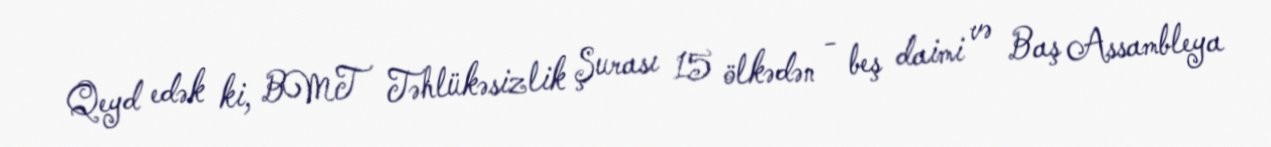
Qeyd edək ki, BMT Təhlükəsizlik Şurası 15 ölkədən - beş daimi və Baş Assambleya